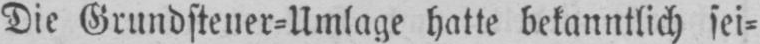
Die Grundsteuer⸗Umlage hatte bekanntlich sei⸗